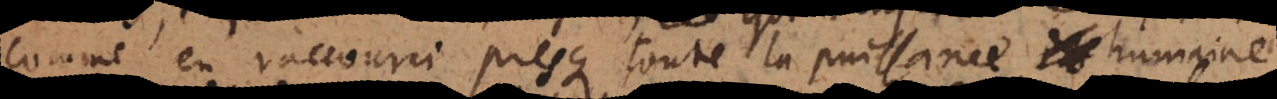
e en raccourci presque toute la puissance humaine